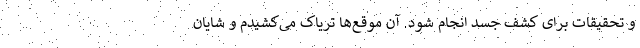
و تحقیقات برای کشف جسد انجام شود. آن موقع‌ها تریاک می‌کشیدم و شایان